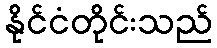
နိုင်ငံတိုင်းသည်